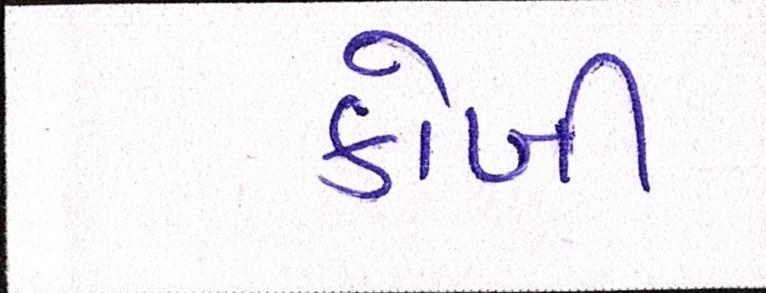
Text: કોબી